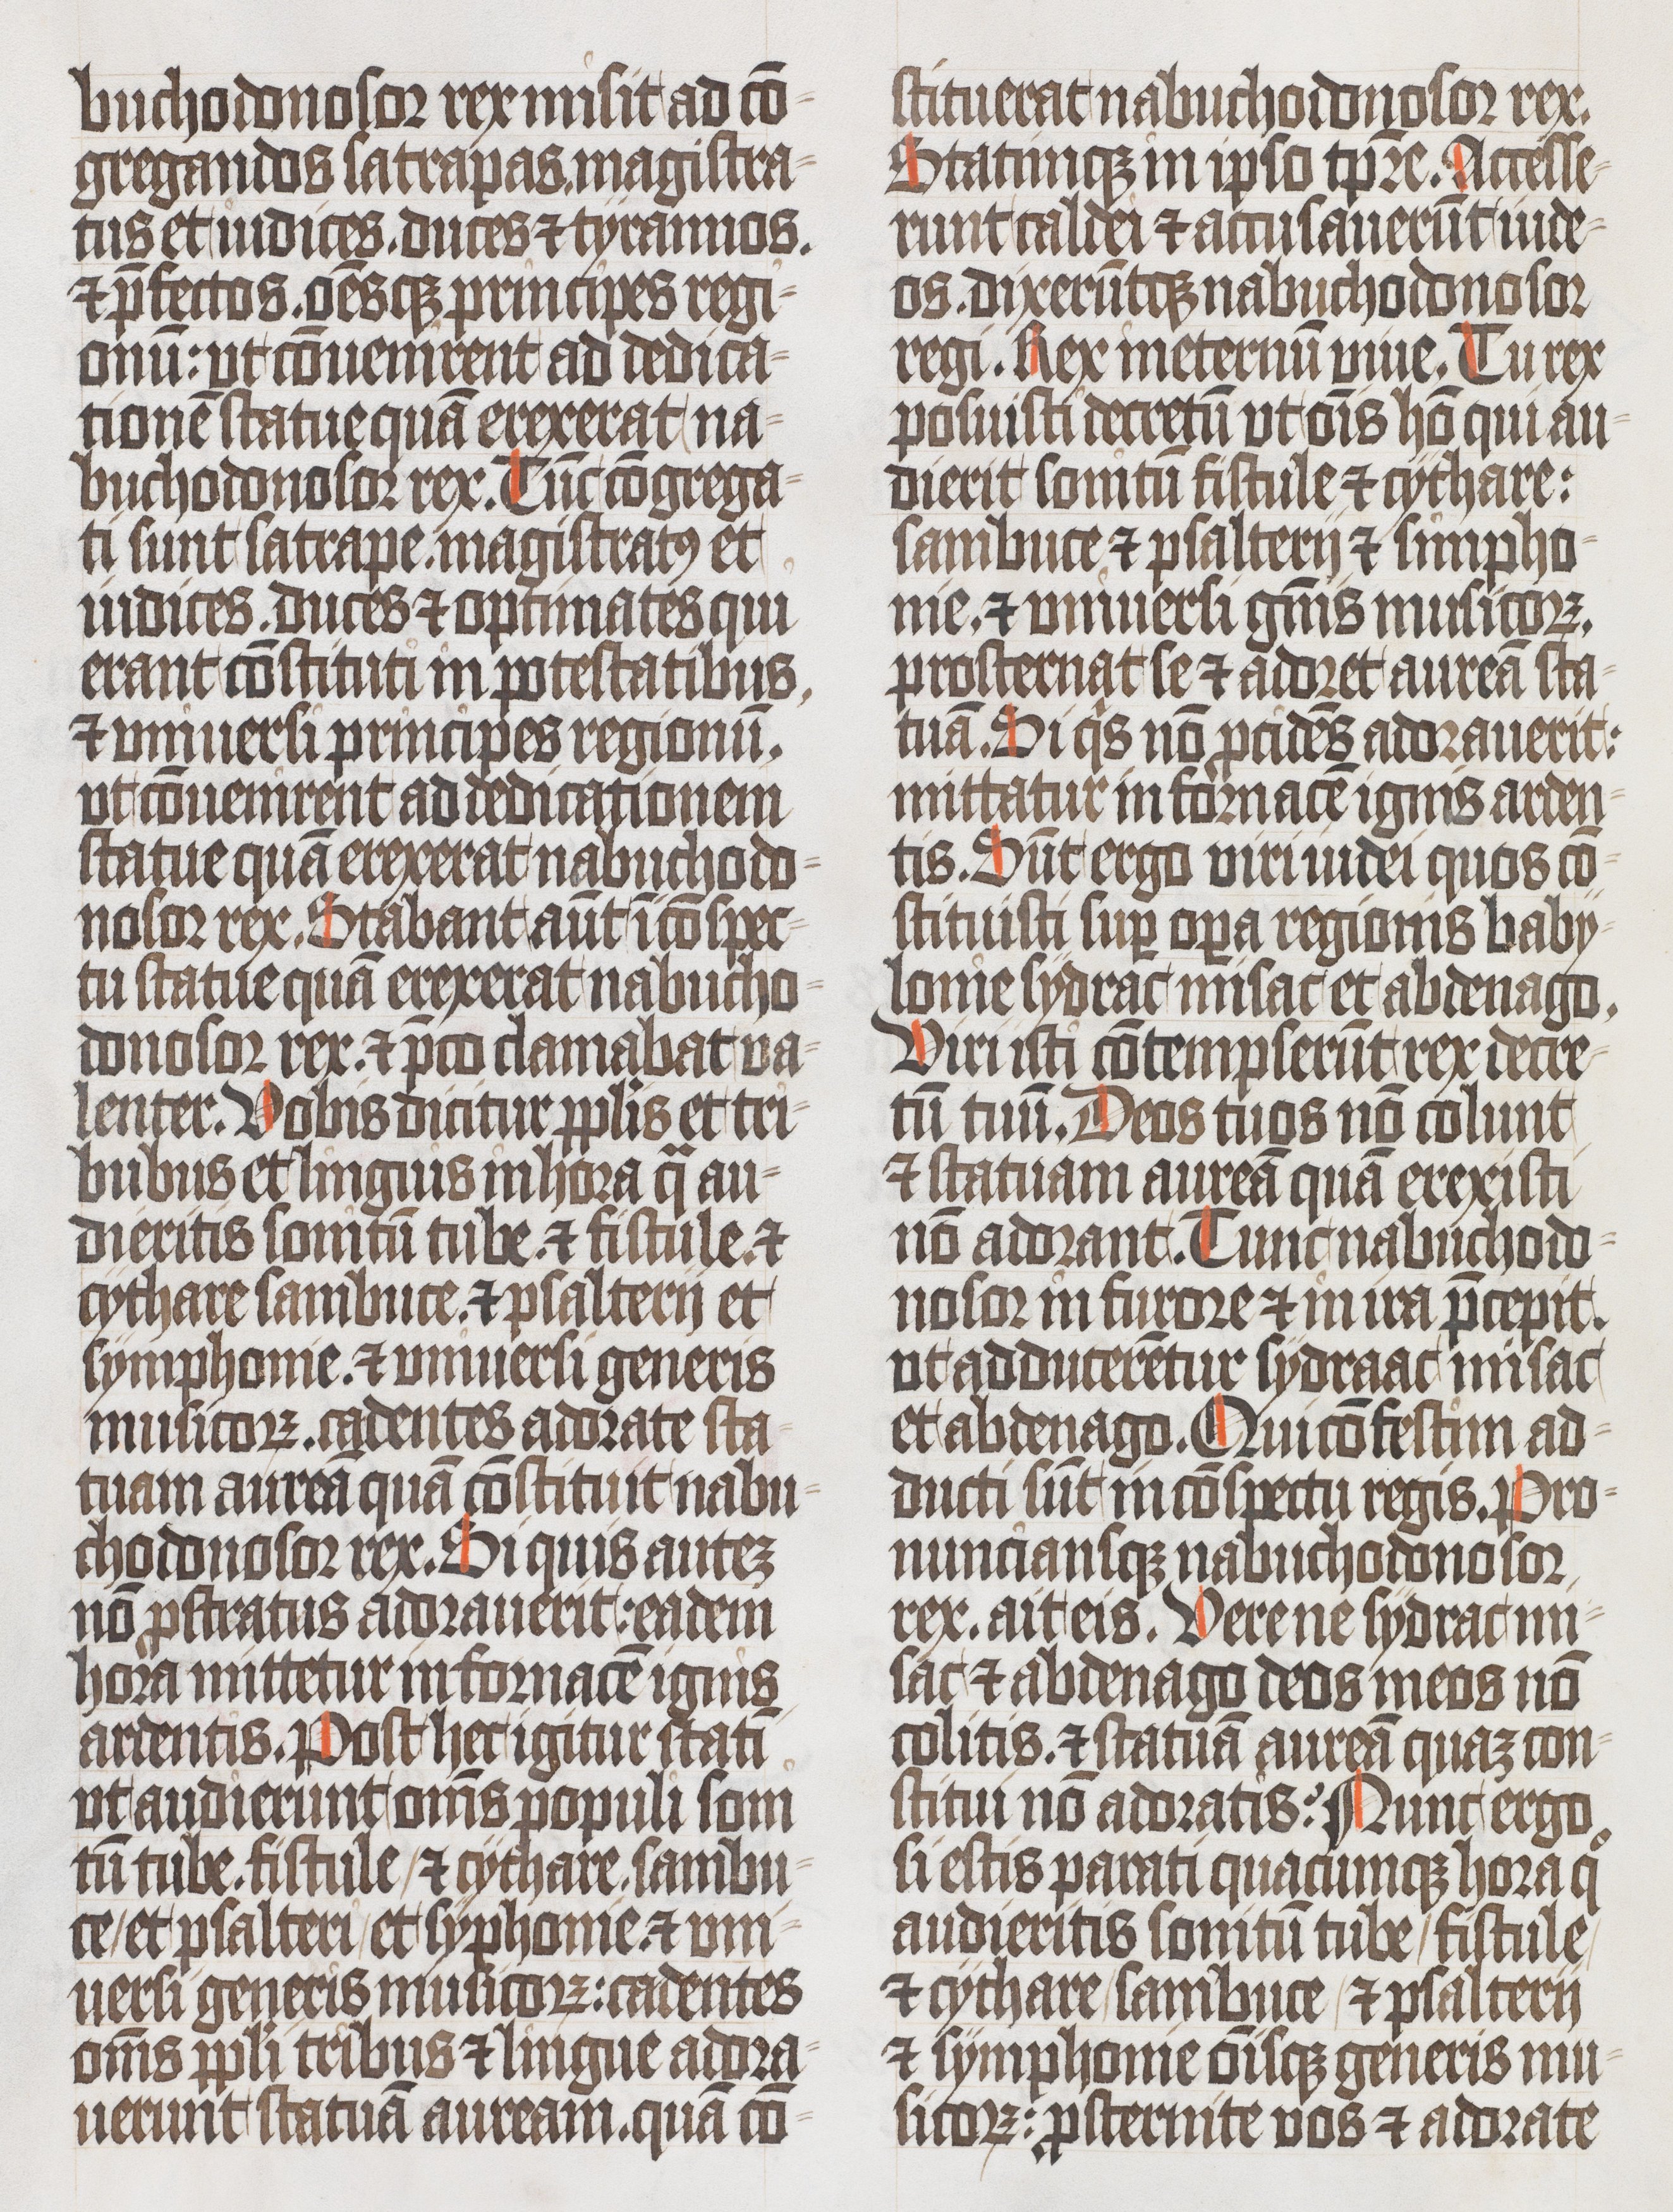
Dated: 1400–1499